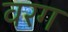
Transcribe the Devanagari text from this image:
वरग